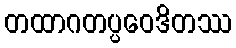
တထာဂတပ္ပဝေဒိတဿ